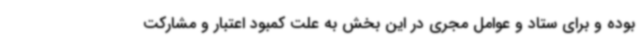
بوده و برای ستاد و عوامل مجری در این بخش به علت کمبود اعتبار و مشارکت